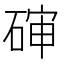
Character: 𰧊